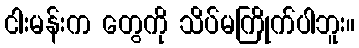
ငါးမန်းက တွေကို သိပ်မကြိုက်ပါဘူး။